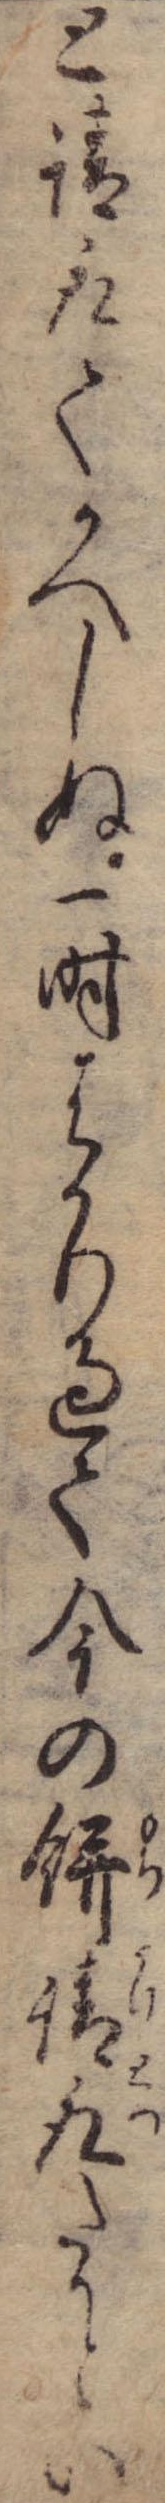
と請取てかへしぬ一時はかり過て今の餅請取たかとい